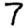
Digit: 7